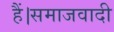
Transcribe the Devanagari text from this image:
हैं।समाजवादी